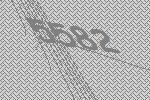
5582